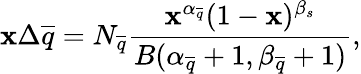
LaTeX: \mathbf{x}\Delta\overline{{{{q}}}}=N_{\overline{{{{q}}}}}\frac{{\mathbf{x}^{\alpha_{\overline{{{{q}}}}}}(1-\mathbf{x})^{\beta_{s}}}}{{B(\alpha_{\overline{{{{q}}}}}+1,\beta_{\overline{{{{q}}}}}+1)}},